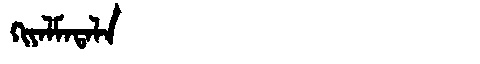
Manchu: ᡴᡳᠶᠠᠯᠮᠠᡨᠠᠯᠠ
Romanization: KIYALMATALA